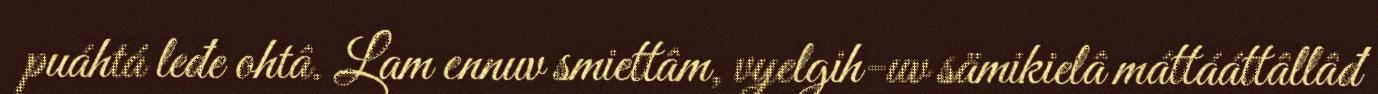
puáhtá leđe ohtâ. Lam ennuv smiettâm, vyelgih-uv sämikielâ máttááttâllâđ